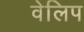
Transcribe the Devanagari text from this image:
वेलिप